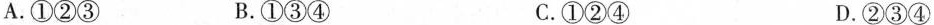
A.①②③ B.①③④ C.①②④ D.②③④